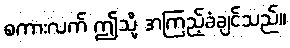
စကားလက် ဤသို့ အကြည့်ခံချင်သည်။